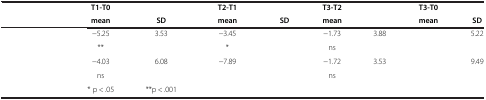
<table><thead><tr><td>[EMPTY_CELL]</td><td><b>T1-T0</b></td><td>[EMPTY_CELL]</td><td><b>T2-T1</b></td><td>[EMPTY_CELL]</td><td><b>T3-T2</b></td><td>[EMPTY_CELL]</td><td><b>T3-T0</b></td><td>[EMPTY_CELL]</td></tr><tr><td>[EMPTY_CELL]</td><td><b>mean</b></td><td><b>SD</b></td><td><b>mean</b></td><td><b>SD</b></td><td><b>mean</b></td><td>[EMPTY_CELL]</td><td><b>mean</b></td><td><b>SD</b></td></tr></thead><tbody><tr><td>[EMPTY_CELL]</td><td>−5.25</td><td>3.53</td><td>−3.45</td><td>[EMPTY_CELL]</td><td>−1.73</td><td>3.88</td><td>[EMPTY_CELL]</td><td>5.22</td></tr><tr><td>[EMPTY_CELL]</td><td>**</td><td>[EMPTY_CELL]</td><td>*</td><td>[EMPTY_CELL]</td><td>ns</td><td>[EMPTY_CELL]</td><td>[EMPTY_CELL]</td><td>[EMPTY_CELL]</td></tr><tr><td>[EMPTY_CELL]</td><td>−4.03</td><td>6.08</td><td>−7.89</td><td>[EMPTY_CELL]</td><td>−1.72</td><td>3.53</td><td>[EMPTY_CELL]</td><td>9.49</td></tr><tr><td>[EMPTY_CELL]</td><td>ns</td><td>[EMPTY_CELL]</td><td>[EMPTY_CELL]</td><td>[EMPTY_CELL]</td><td>ns</td><td>[EMPTY_CELL]</td><td>[EMPTY_CELL]</td><td>[EMPTY_CELL]</td></tr><tr><td>[EMPTY_CELL]</td><td>* p &lt; .05</td><td>**p &lt; .001</td><td>[EMPTY_CELL]</td><td>[EMPTY_CELL]</td><td>[EMPTY_CELL]</td><td>[EMPTY_CELL]</td><td>[EMPTY_CELL]</td><td>[EMPTY_CELL]</td></tr></tbody></table>